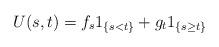
LaTeX: \begin{align*}U(s,t)=f_s 1_{\{s<t\}}+g_t 1_{\{s\geq t\}}\end{align*}